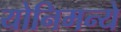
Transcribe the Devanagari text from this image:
योनिमन्ये